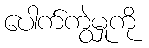
ပေါက်ကွဲမှုကို